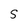
Character: S